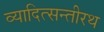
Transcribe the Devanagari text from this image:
व्यादित्सन्तीरथ